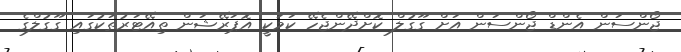
ޖޯންސަން އެންޑް ޖޯންސަން އަށް ގޫގުލް ކޮށްދޭންޖެހޭ ކަމަކީ އޮޕަރޭޝަން ތިއޭޓަރުތަކުގައި ގޫގުލްގެ